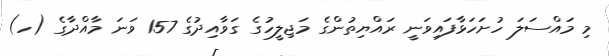
މި މައްސަލަ ހުށަހަޅާފައިވަނީ ރައްޔިތުންގެ މަޖިލީހުގެ ގަވާއިދުގެ 157 ވަނަ މާއްދާގެ (ހ)